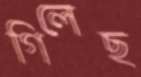
গিলেছ